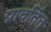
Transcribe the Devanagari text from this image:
प्रावर्तित